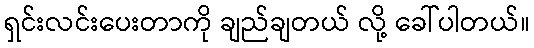
ရှင်းလင်းပေးတာကို ချည်ချတယ် လို့ ခေါ်ပါတယ်။